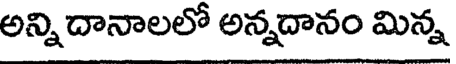
అన్ని దానాలలో అన్నదానం మిన్న